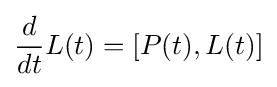
{\frac {d}{dt}}L(t)=[P(t),L(t)]